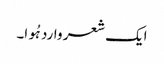
ایک شعر وارد ہُوا۔